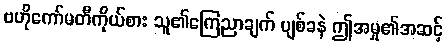
ဗဟိုကော်မတီကိုယ်စား သူ၏ကြေညာချက် ပျစ်ခနဲ ဤအမှု၏အဆင့်